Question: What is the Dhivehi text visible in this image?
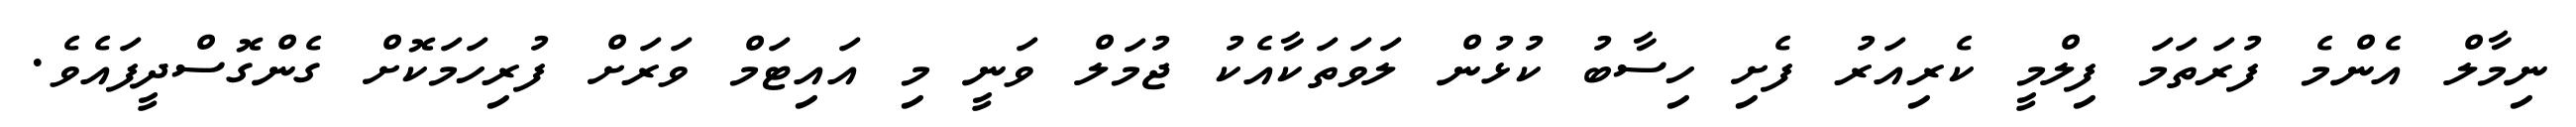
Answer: ނިމާލް އެންމެ ފުރަތަމަ ފިލްމީ ކެރިއަރު ފެށި ހިސާބު ކުޅުން ލަވަތަކާއެކު ޖުމަލް ވަނީ މި އައިޓަމް ވަރަށް ފުރިހަމަކޮށް ގެންގޮސްދީފައެވެ.